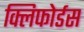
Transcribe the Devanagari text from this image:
क्लिफोर्डस